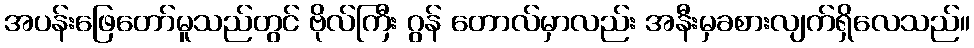
အပန်းဖြေတော်မူသည်တွင် ဗိုလ်ကြီး ဂွန် တောလ်မှာလည်း အနီးမှခစားလျက်ရှိလေသည်။